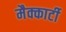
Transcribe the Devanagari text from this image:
मैक्कार्टी